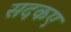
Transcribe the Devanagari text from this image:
सदकए